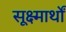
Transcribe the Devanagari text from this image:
सूक्ष्मार्थों